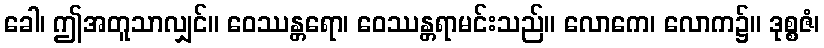
ခေါ၊ ဤအတူသာလျှင်။ ဝေဿန္တရော၊ ဝေဿန္တရာမင်းသည်။ လောကေ၊ လောက၌။ ဒုစ္စဇံ၊